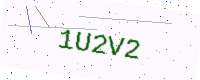
Text: 1U2V2